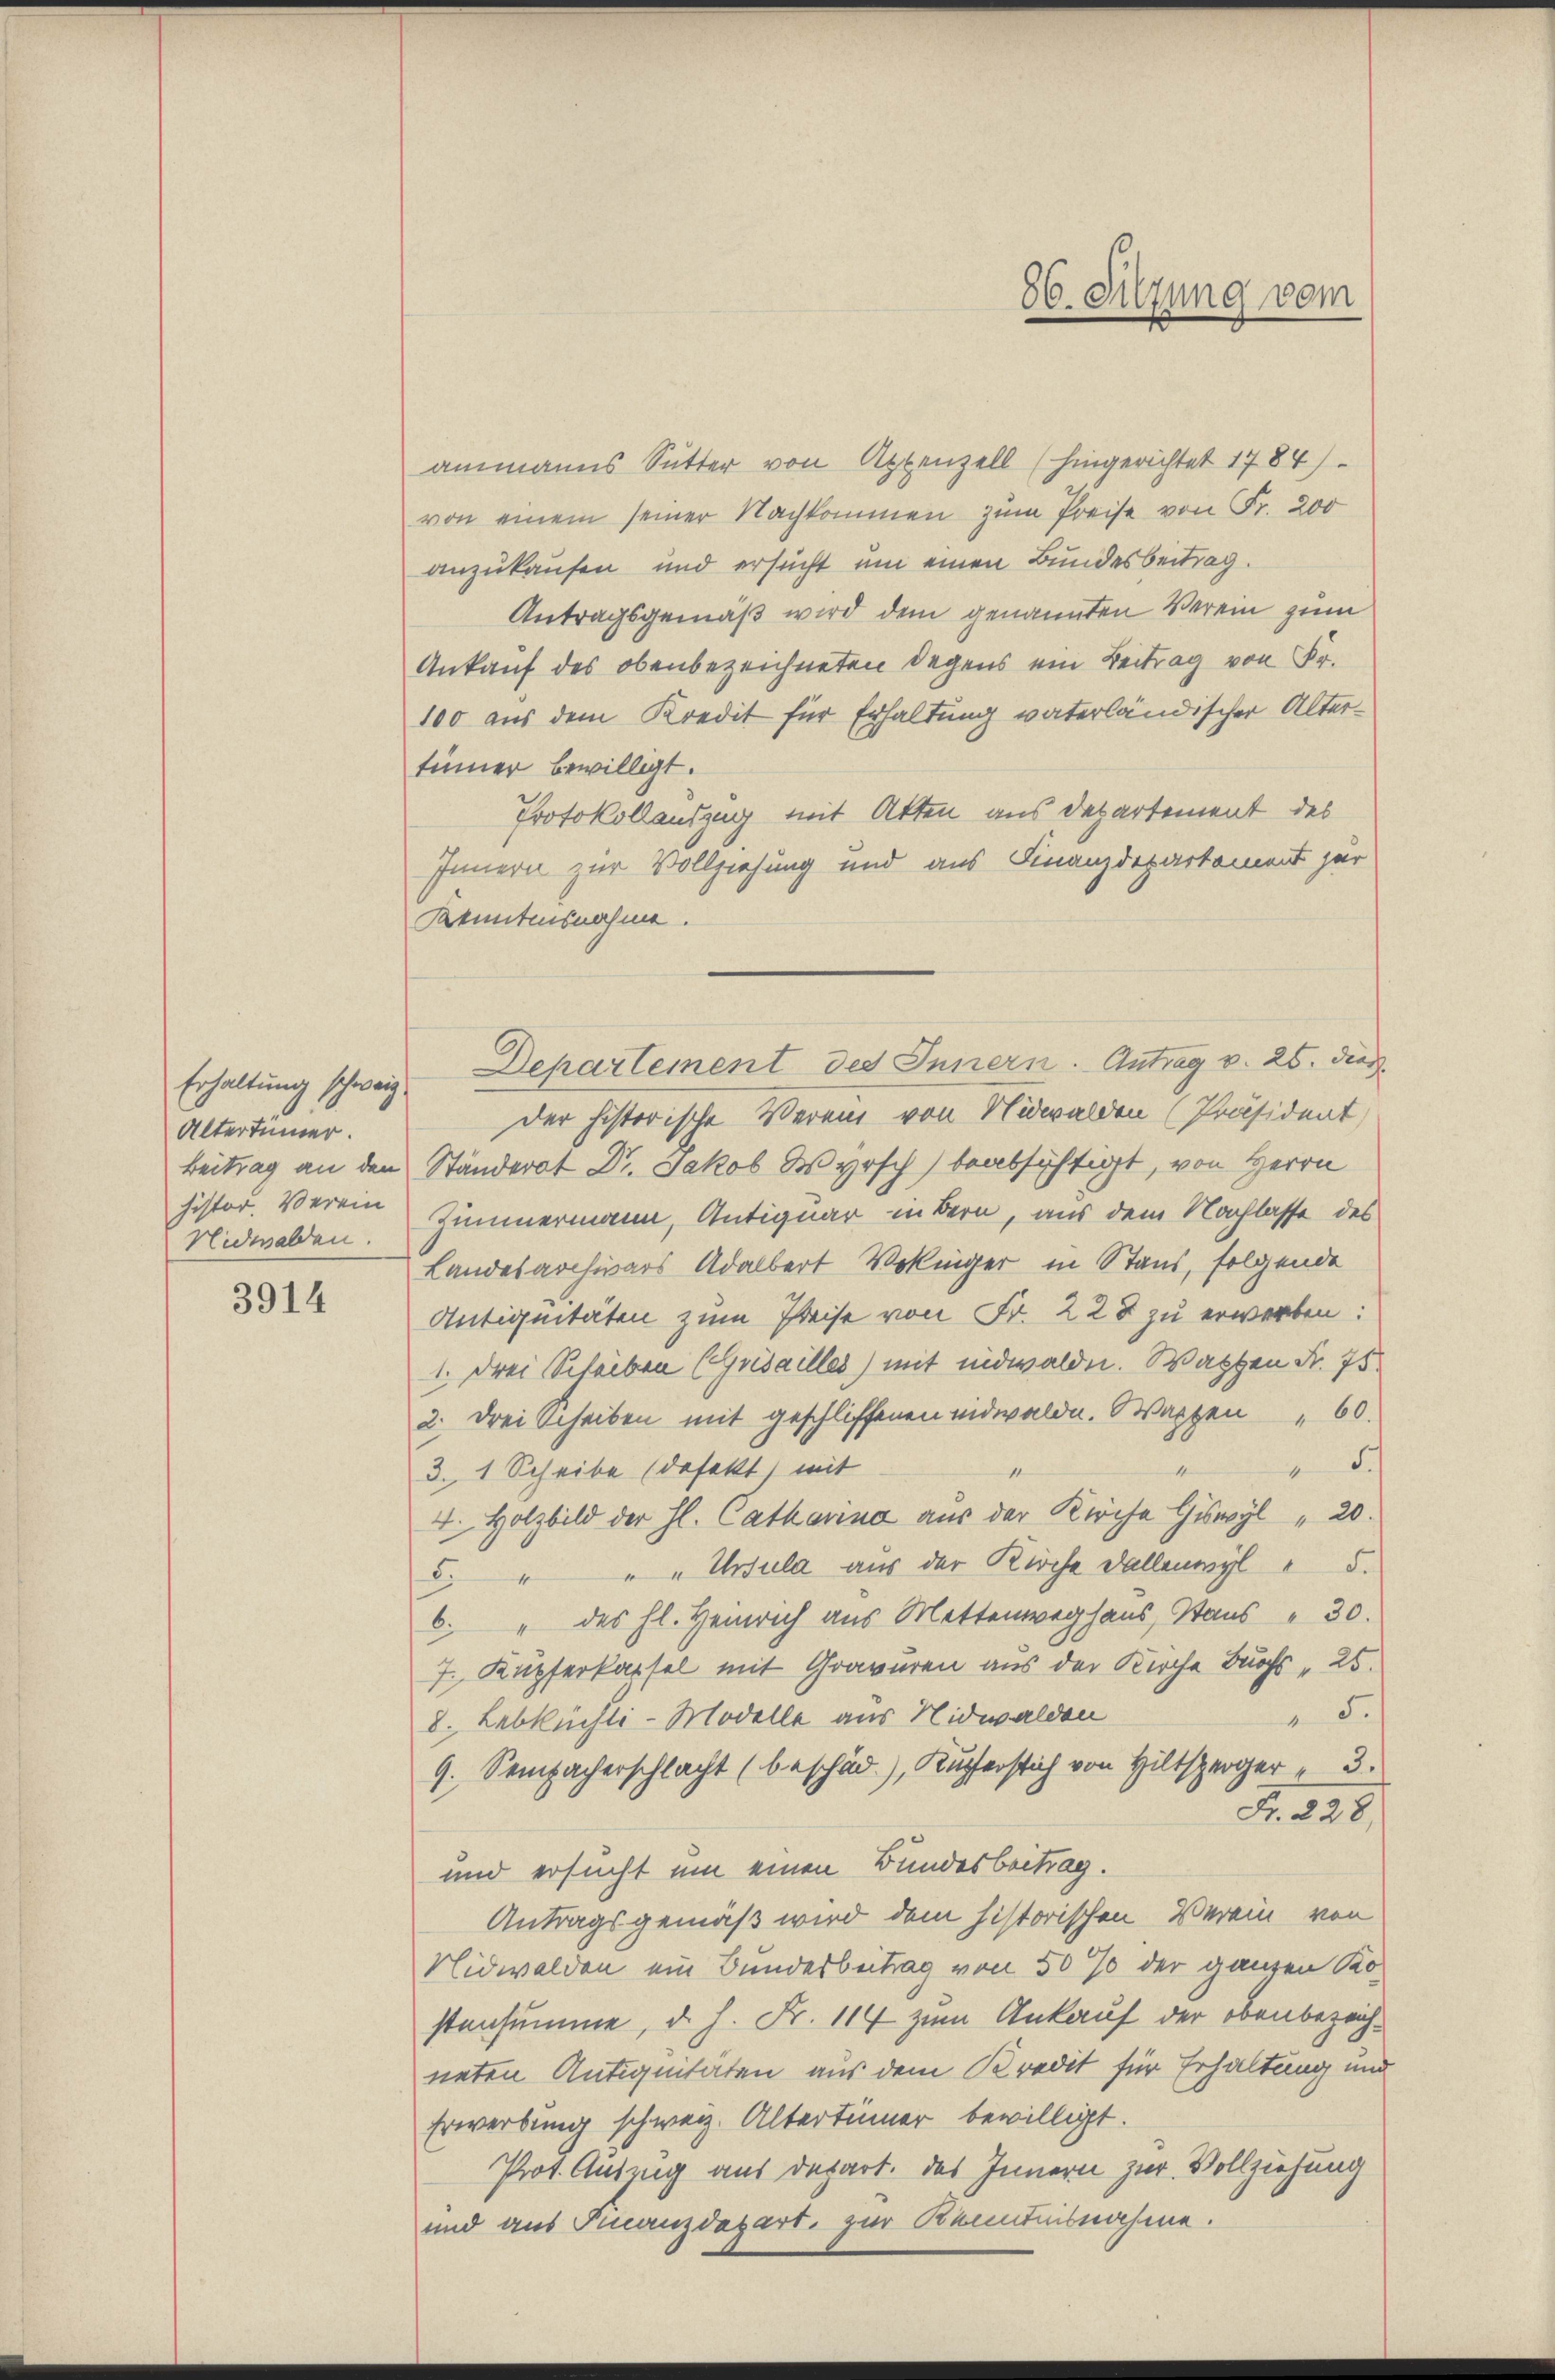
Altertümer.
histor. Verein
Nidwalden.

3914

ammanns Sutter von Appenzell (hingerichtet 1784)
von einem seiner Nachkommen zum Preise von Fr. 200
anzukaufen und ersucht um einen Bundesbeitrag.
Antragsgemäß wird dem genannten Verein zum
Ankauf des obenbezeichneten Degens ein Beitrag von Fr.
100 aus dem Kredit für Erhaltung vaterländischer Altertinner bewilligt.
Protokollandzug mit Atten aus Departement des
Innern zur Vollziehung und aus Finanzdepartement zur
Kenntensnahme.
der historische Verein von Nidwalden [Präsident
Beitrag an den Ständerat Dr. Jakob Wyrsch) beabsichtigt, von Herrn
Zimmermann, Antiquar in Bern, aus dem Nachlasse des
Landesarchivars Adalbert Vokinger in Stand, folgende
Antiquitäten zum Preise von Fr. 228 zu erwerben:
1. drei Scheiben (Gudailles) mit indwalden. Wasten Fr. 75
2. drei Scheiben mit geschliffenen Nidwalden. Warten " 60.
.
1
3. 1 Scheibe (defekt) mit
4. Holzbild der hl. Catharina aus der Kirche Giswyl " 20.
. " " " Ursula aus der Kirche Fallenwyl " 5.
b. " des hl. Heinrich aus Mettenweghaus, Haŭs " 30.
7. Kupferkapsel mit Gravuren aus der Kirche Buchs " 25.
5.
8. Lebkuchli-Modelle aus Nidwalden
9. Sempacherschlacht (beschäd.), Kupferstich von Hiltsperger " 3.
Fr. 228.
und ersucht um einen Bundesbeitrag.
Antragsgemäß wird dem historischen Verein von
Nidwalden ein Bundesbeitrag von 50 % der ganzen Kostensumme, d. h. Fr. 114 zum Ankauf der obenbezeichneten Antiquitäten aus dem Kredit für Erhaltung und
Erwerbung schweiz. Altertümer bewilligt.
Prot. Auszug aus depart. des Innern zur Vollziehung
und aus Finanzdepart, zur Kenntnisnahme.

Erhaltung schweiz. Departement des Innern. Antrag v. 25. dies

86. Sitzung vom